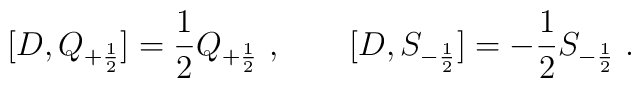
[ D, Q_{+{1\over 2}} ] = {1\over 2} Q_{+{1\over 2}} \ ,  \qquad  [ D,S_{-{1\over 2}} ] = -{1\over 2} S_{-{1\over 2}} \ .